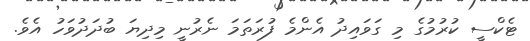
ޓެކްސީ ކުރުމުގެ މި ގަވައިދު އެންމެ ފުރަތަމަ ނެރުނީ މިދިޔަ ބުދަދުވަހު އެވެ.